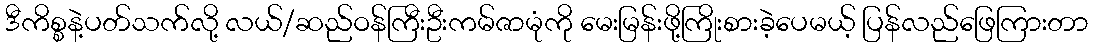
ဒီကိစ္စနဲ့ပတ်သက်လို့ လယ်/ဆည်ဝန်ကြီးဦးကမ်ဇာမုံကို မေးမြန်းဖို့ကြိုးစားခဲ့ပေမယ့် ပြန်လည်ဖြေကြားတာ